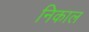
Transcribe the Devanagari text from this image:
निकाल